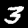
Label: 3